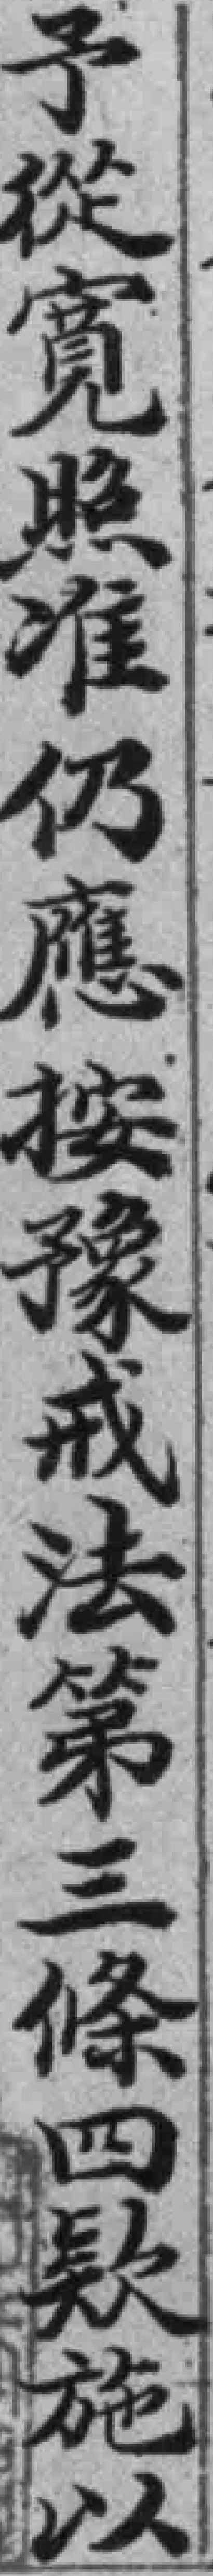
予從宽照准仍應按豫戒法第三條四款施以